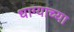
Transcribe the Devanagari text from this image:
धाग्याच्या